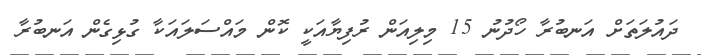
ދައުލަތަށް އަނބުރާ ހޯދުނު 15 މިލިއަން ރުފިޔާއަކީ ކޮން މައްސަލައަކާ ގުޅިގެން އަނބުރާ